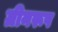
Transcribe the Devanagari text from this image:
ग्रीनरूप